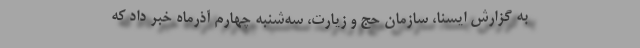
به گزارش ایسنا، سازمان حج و زیارت، سه‌شنبه چهارم آذرماه خبر داد که